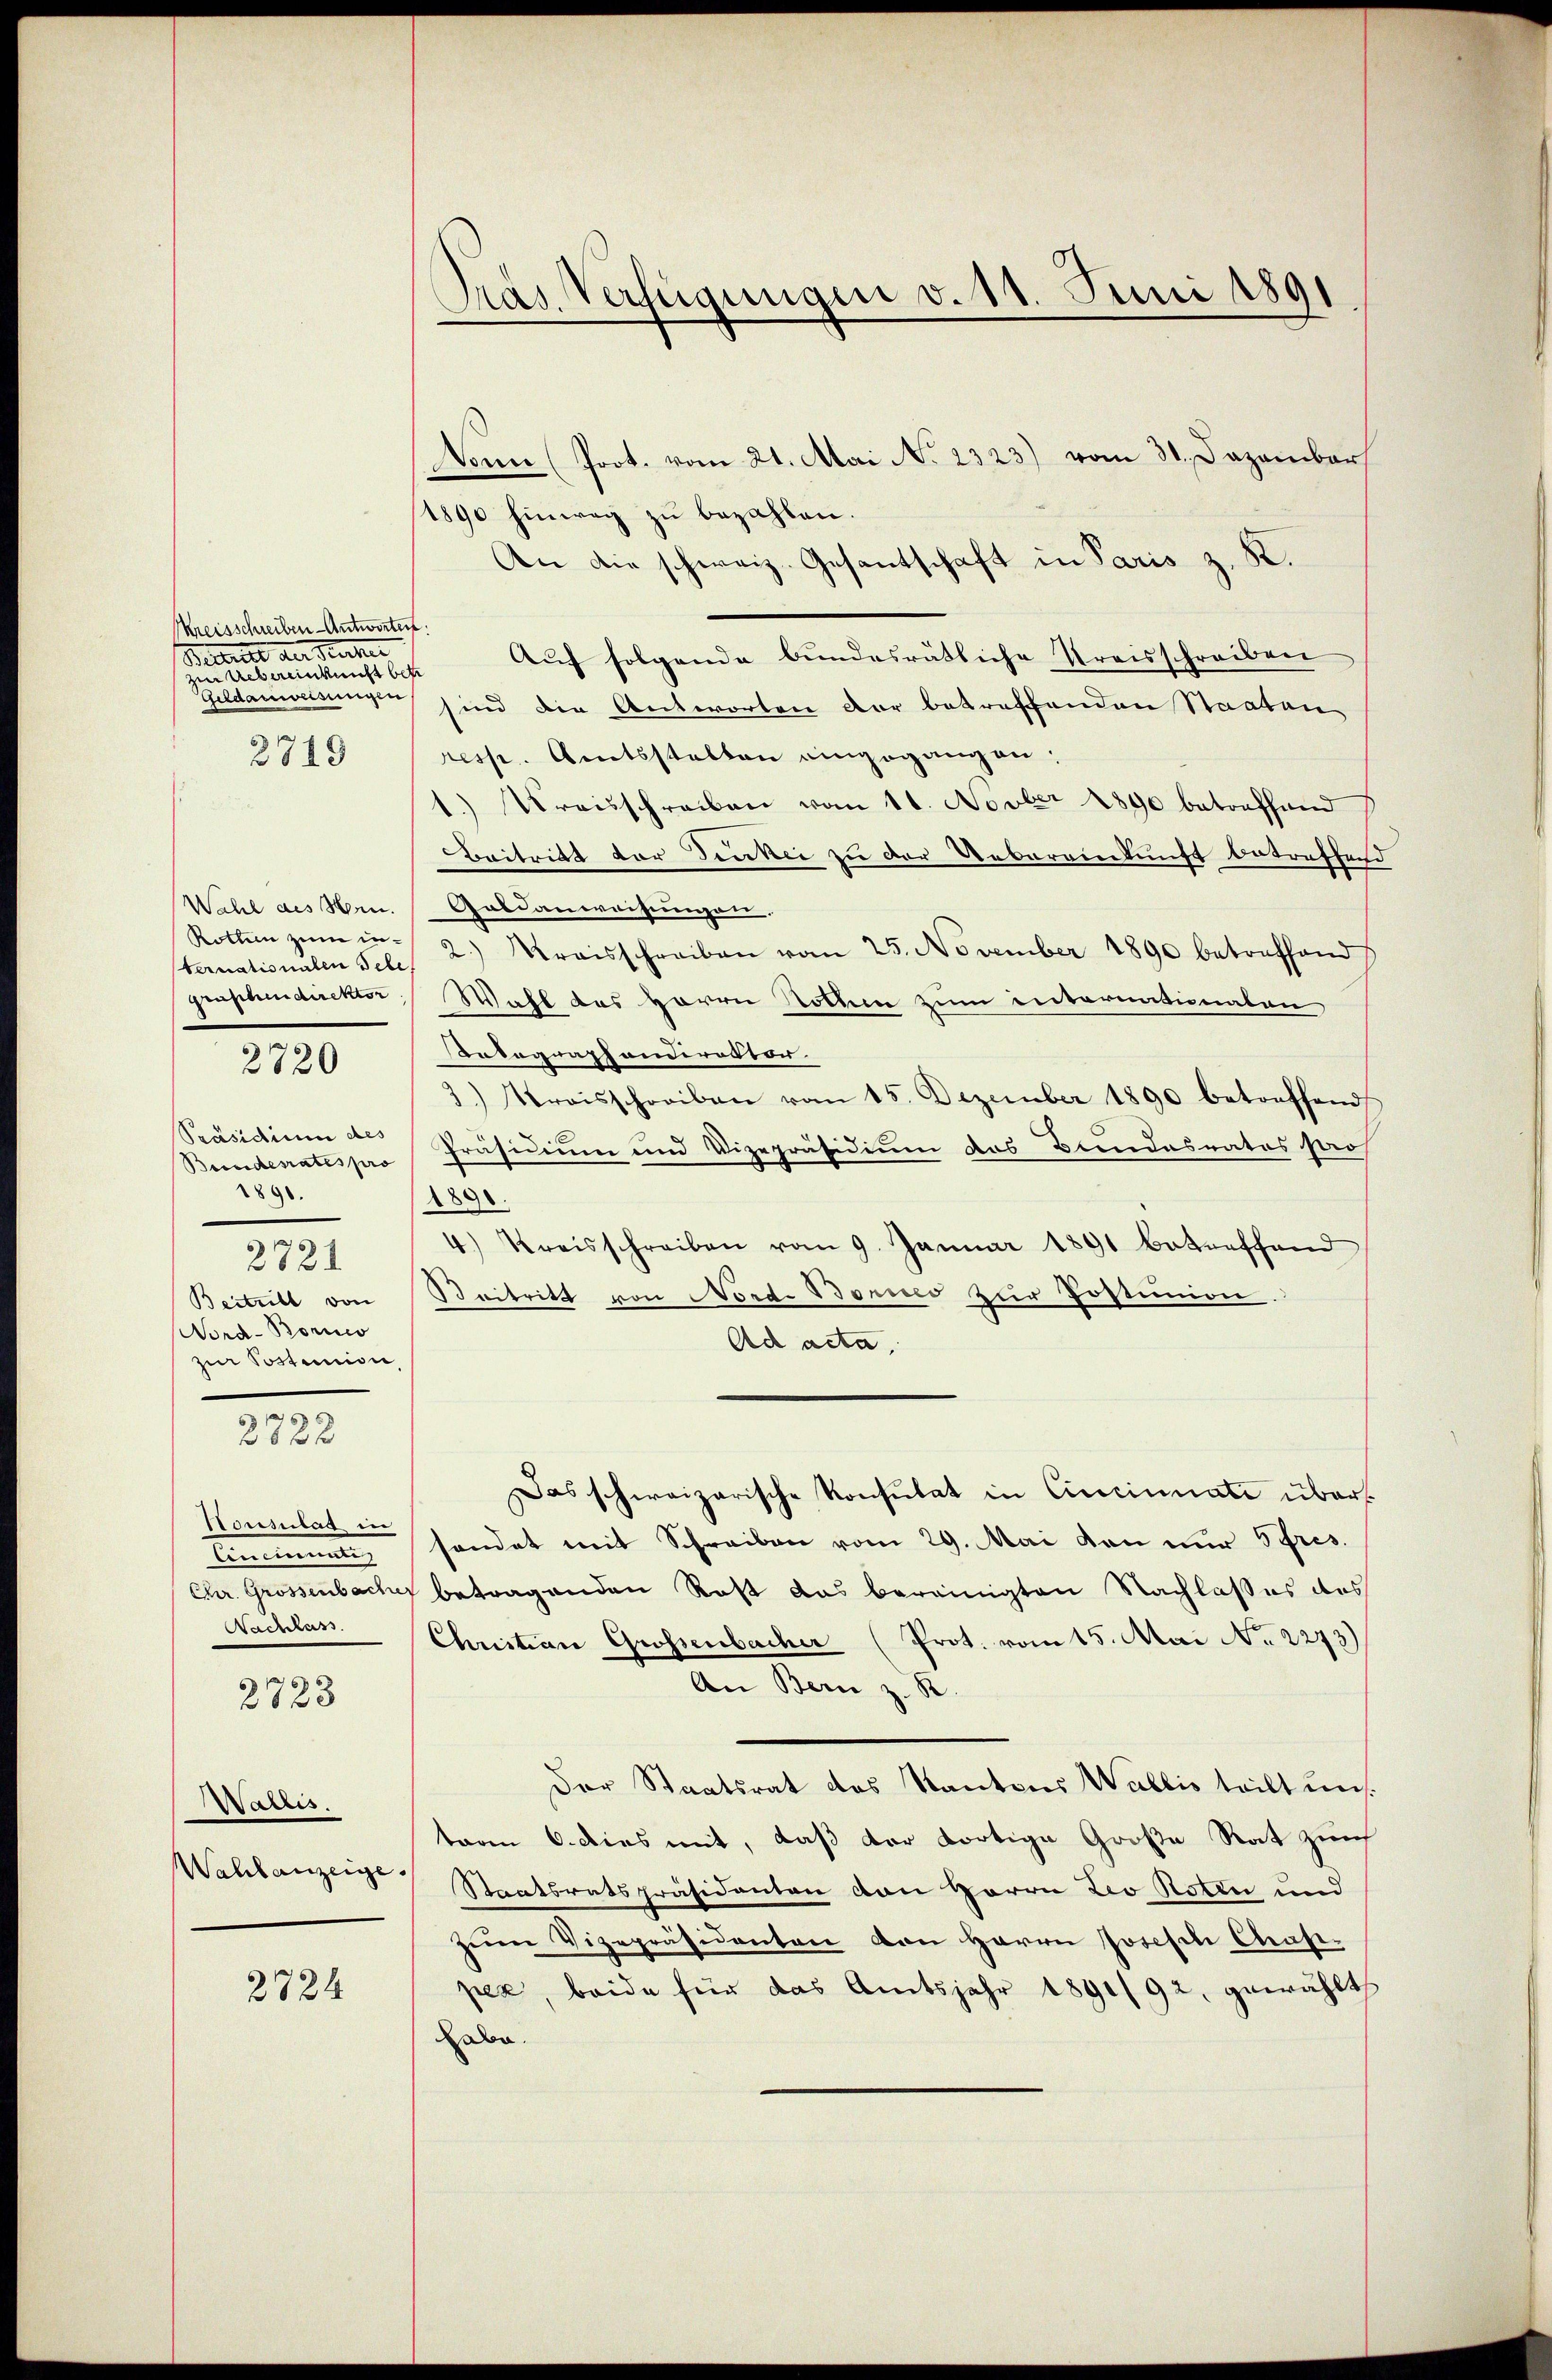
Kreisschreiben Antworten:
Bellette der Sacher
zur Uebereinkunft bes
Geldanweisungen
3719

Wahl des Hrn.
Rotten zum internationalen Sebe
grascheidirektor
Präsidium des
Bundesrates pro
1890.
2721
Beitrill von
Nord-Borico
zur Postunion

2720

2722

Honsulat in
Ernenntn
Chr. Grossenbache
Nachlass

2723

Wallis.
Wahlanzeige.

2824

Pras Verfügungen v. 11. Juni 1891

Dann Prot. vom 21. Mai No 2323) vom 31. Dezember
1890 hinweg zu bezahlen.
An die schweiz. Gesantschaft in Paris z. K.
Auf folgende bundesrätliche Kreisschreiben
sind die Antworten der betreffenden Staaten
resp. Amtsstalten eingegangen
1.) Kreisschreiben vom 11. Novber 1890 betreffend
Beitritt vor denkei zu der Uebereinkunft betreffend
Galdanweisungen.
2.) Kreisschreiben vom 25. November 1890 betreffend
Wahl des Herrn Rothen zum enternationaten
ndographondirektor.
3.) Kraisschreiben vom 15. Dezember 1890 betreffend
Präsidium und Vizepräsidium das Beendesrates ster
1898.
4.) Kreisschreiben vom 9. Januar 1891 betreffend
Beitritt von Nord- Bonico zur Postinion.
Ach acta.
Das schweizerische Konsulat in Cincinnate übersendet mit Schreiben vom 29. Mai von nur 5fres.
betragenden Rost das bereinigten Nachlasses des
Christian Grossenbacher (Prot. vom 15. Mai No 2273)
An Bern z. B.
Der Staatsrat des Kantons Wallis teilt uns.
taren 6. dies mit, daß der dortige Große Rat zürch
Staatsratspräsidenten von Herrn Pro Roten und
zŭm Vizepräsidenten von Herrn Josesen Chasi-
pek, beide für das Amtsjahr 1891/92, gewählt
Dabe